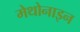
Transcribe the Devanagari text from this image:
मेथोनाइन